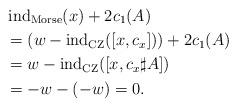
LaTeX: \begin{align*}&\operatorname{ind}_{\mathrm{Morse}}(x)+2c_1(A)\\ &=(w-\operatorname{ind}_{\mathrm{CZ}}([x,c_x]))+2c_1(A)\\ & =w-\operatorname{ind}_{\mathrm{CZ}}([x,c_x\sharp A])\\ & =-w-(-w)=0.\end{align*}